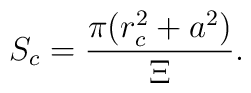
S_{c}=\frac{\pi(r_{c}^{2}+a^{2})}{\Xi}.